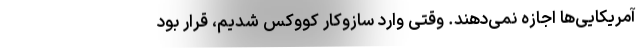
آمریکایی‌ها اجازه نمی‌دهند. وقتی وارد سازوکار کووکس شدیم، قرار بود